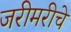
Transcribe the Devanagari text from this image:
जरीमरीचे